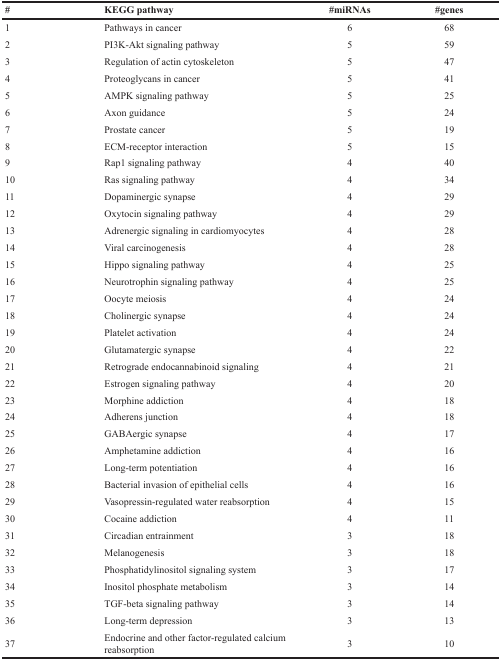
<table><thead><tr><td><b>#</b></td><td><b>KEGG pathway</b></td><td><b>#miRNAs</b></td><td><b>#genes</b></td></tr></thead><tbody><tr><td>1</td><td>Pathways in cancer</td><td>6</td><td>68</td></tr><tr><td>2</td><td>PI3K-Akt signaling pathway</td><td>5</td><td>59</td></tr><tr><td>3</td><td>Regulation of actin cytoskeleton</td><td>5</td><td>47</td></tr><tr><td>4</td><td>Proteoglycans in cancer</td><td>5</td><td>41</td></tr><tr><td>5</td><td>AMPK signaling pathway</td><td>5</td><td>25</td></tr><tr><td>6</td><td>Axon guidance</td><td>5</td><td>24</td></tr><tr><td>7</td><td>Prostate cancer</td><td>5</td><td>19</td></tr><tr><td>8</td><td>ECM-receptor interaction</td><td>5</td><td>15</td></tr><tr><td>9</td><td>Rap1 signaling pathway</td><td>4</td><td>40</td></tr><tr><td>10</td><td>Ras signaling pathway</td><td>4</td><td>34</td></tr><tr><td>11</td><td>Dopaminergic synapse</td><td>4</td><td>29</td></tr><tr><td>12</td><td>Oxytocin signaling pathway</td><td>4</td><td>29</td></tr><tr><td>13</td><td>Adrenergic signaling in cardiomyocytes</td><td>4</td><td>28</td></tr><tr><td>14</td><td>Viral carcinogenesis</td><td>4</td><td>28</td></tr><tr><td>15</td><td>Hippo signaling pathway</td><td>4</td><td>25</td></tr><tr><td>16</td><td>Neurotrophin signaling pathway</td><td>4</td><td>25</td></tr><tr><td>17</td><td>Oocyte meiosis</td><td>4</td><td>24</td></tr><tr><td>18</td><td>Cholinergic synapse</td><td>4</td><td>24</td></tr><tr><td>19</td><td>Platelet activation</td><td>4</td><td>24</td></tr><tr><td>20</td><td>Glutamatergic synapse</td><td>4</td><td>22</td></tr><tr><td>21</td><td>Retrograde endocannabinoid signaling</td><td>4</td><td>21</td></tr><tr><td>22</td><td>Estrogen signaling pathway</td><td>4</td><td>20</td></tr><tr><td>23</td><td>Morphine addiction</td><td>4</td><td>18</td></tr><tr><td>24</td><td>Adherens junction</td><td>4</td><td>18</td></tr><tr><td>25</td><td>GABAergic synapse</td><td>4</td><td>17</td></tr><tr><td>26</td><td>Amphetamine addiction</td><td>4</td><td>16</td></tr><tr><td>27</td><td>Long-term potentiation</td><td>4</td><td>16</td></tr><tr><td>28</td><td>Bacterial invasion of epithelial cells</td><td>4</td><td>16</td></tr><tr><td>29</td><td>Vasopressin-regulated water reabsorption</td><td>4</td><td>15</td></tr><tr><td>30</td><td>Cocaine addiction</td><td>4</td><td>11</td></tr><tr><td>31</td><td>Circadian entrainment</td><td>3</td><td>18</td></tr><tr><td>32</td><td>Melanogenesis</td><td>3</td><td>18</td></tr><tr><td>33</td><td>Phosphatidylinositol signaling system</td><td>3</td><td>17</td></tr><tr><td>34</td><td>Inositol phosphate metabolism</td><td>3</td><td>14</td></tr><tr><td>35</td><td>TGF-beta signaling pathway</td><td>3</td><td>14</td></tr><tr><td>36</td><td>Long-term depression</td><td>3</td><td>13</td></tr><tr><td>37</td><td>Endocrine and other factor-regulated calcium reabsorption</td><td>3</td><td>10</td></tr></tbody></table>